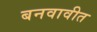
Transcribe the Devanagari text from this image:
बनवावीत